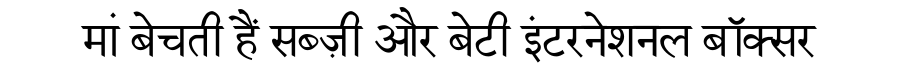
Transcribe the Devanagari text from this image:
मां बेचती हैं सब्ज़ी और बेटी इंटरनेशनल बॉक्सर